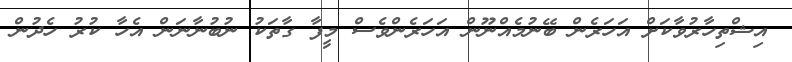
އިޝްތިހާރުވާކަށް އަހަރެން ބޭނުމެއްނޫން އަހަރެންވެސް މީފާ ގާތަކު ނުބުނާނަން އެހާ ކުރު ހެދުން